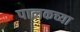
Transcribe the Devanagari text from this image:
पालकच्या